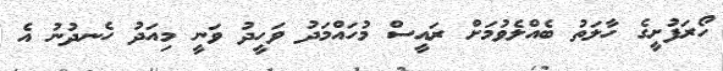
ހޯރަފުށީގެ ހާލަތު ބެއްލެވުމަށް ރައީސް މުހައްމަދު ވަހީދު ވަނީ މިއަދު ހެނދުނު އެ